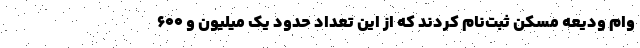
وام ودیعه مسکن ثبت‌نام کردند که از این تعداد حدود یک میلیون و ۶۰۰